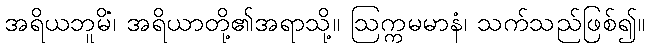
အရိယဘူမိံ၊ အရိယာတို့၏အရာသို့။ ဩက္ကမမာနံ၊ သက်သည်ဖြစ်၍။